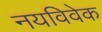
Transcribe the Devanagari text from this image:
नयविवेक